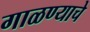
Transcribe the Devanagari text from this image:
गाळण्याचे